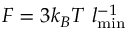
F = 3 k _ { B } T ~ l _ { \mathrm { m i n } } ^ { - 1 }